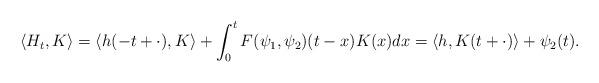
LaTeX: \begin{align*} \langle H_t,K\rangle = \langle h(-t+\cdot),K \rangle + \int_0^t F(\psi_1,\psi_2)(t-x) K(x) dx = \langle h,K(t+\cdot) \rangle +\psi_2(t) . \end{align*}